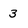
Character: 3